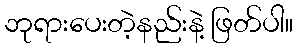
ဘုရားပေးတဲ့နည်းနဲ့ ဖြတ်ပါ။